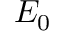
E _ { 0 }